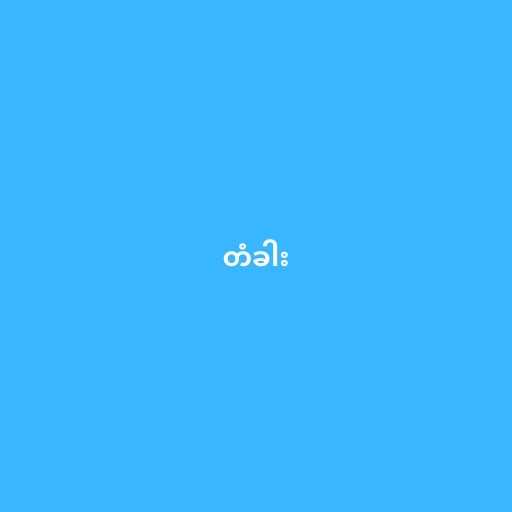
တံခါး